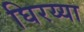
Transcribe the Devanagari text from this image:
घिरय्या